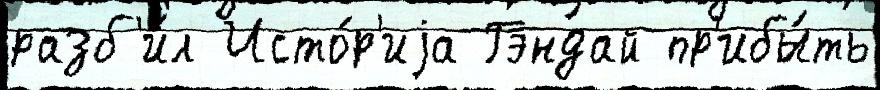
разб'и́л Исто́р'иjа Гэндай пр'ибы́ть